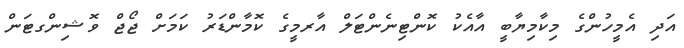
އަދި އެމީހުންގެ މިކާމިޔާބީ އާއެކު ކޮންޓިނެންޓަލް އާރމީގެ ކޮމާންޑަރު ކަމަށް ޖޯޖް ވޮޝިންގޓަން